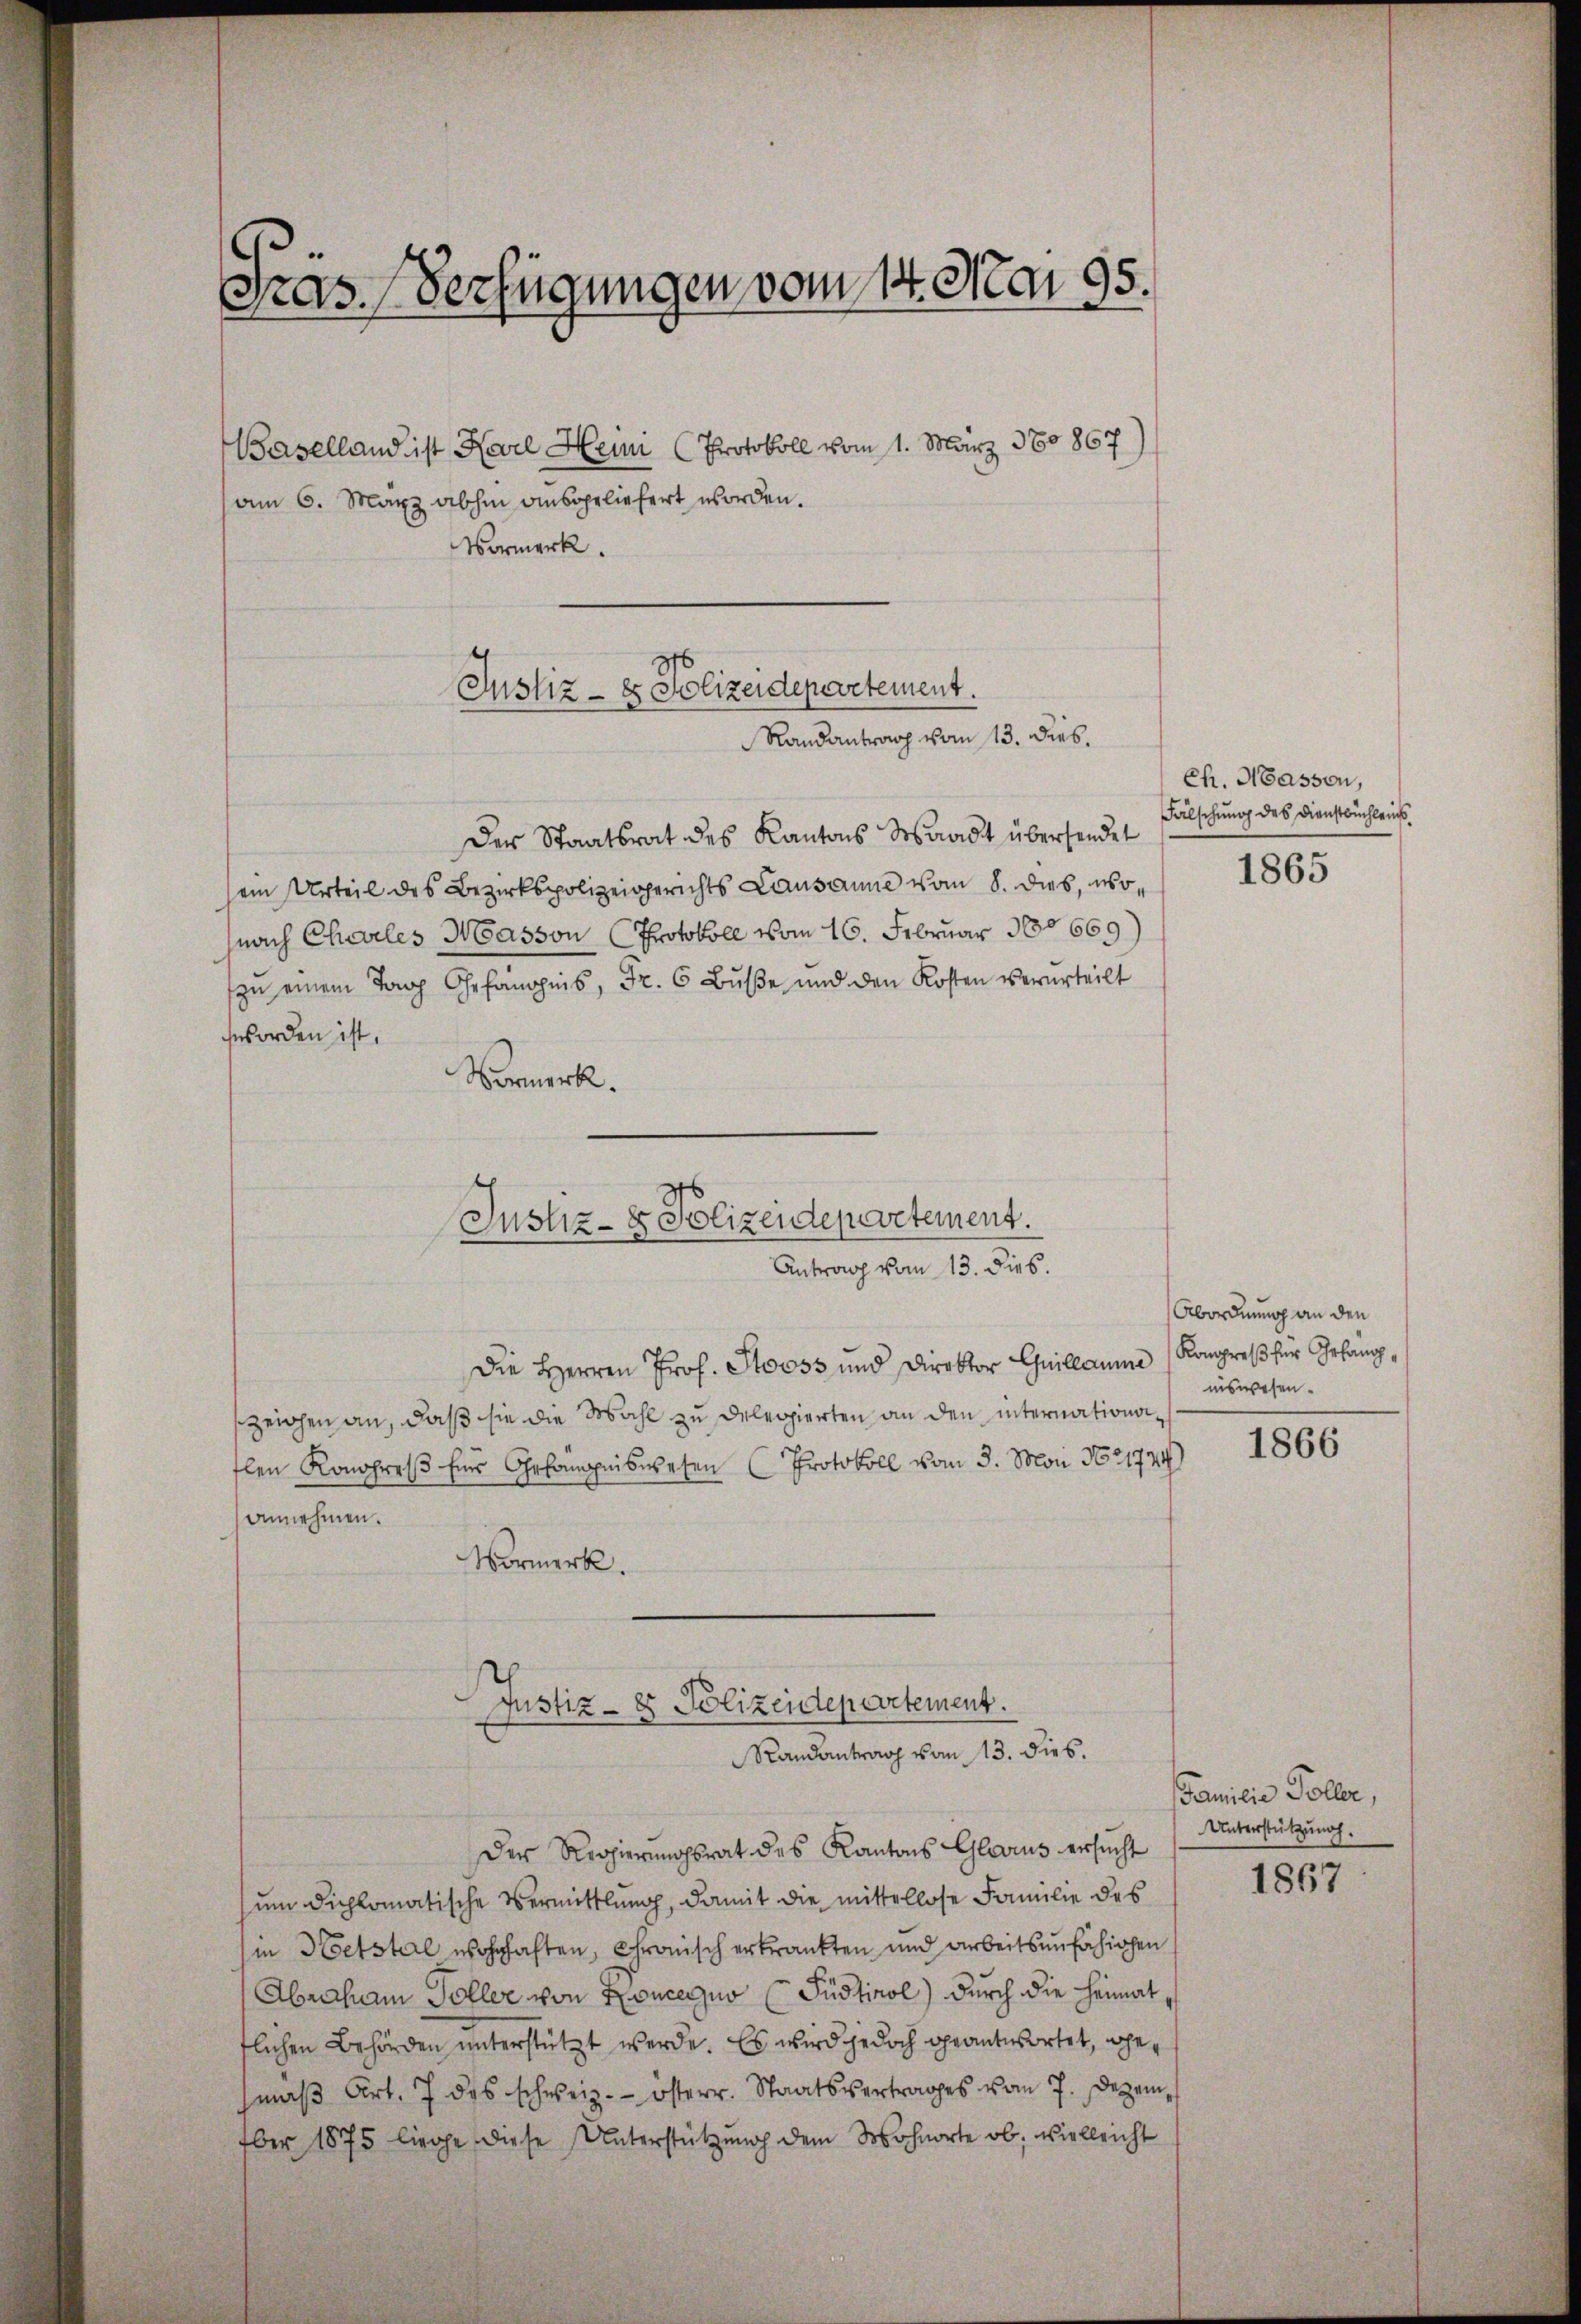
Pras. Verfügungen vom 14. Mar. 95.

Baselland ist Karl Heini Protokoll vom 1. März 180867/
am 6. März abhin ausgeliefert worden.
Vormerk.

Justiz- & Polizeidepartement.
Randantrag vom 13. dies

Justiz- & Polizeidepartement.
Antrag vom 13. dies.

Justiz- & Polizeidepartement.
Mandantrag vom 13. dies.

Der Staatsrat des Kantons Waadt übersendet
ein Urteil des Bezirkspolizeigerichts Lausanne vom 8. dies, wonach Challes Masson (Protokoll vom 16. Februar 180669)
zu einem Tag Gefängnis, Fr. 6 Buße und den Kosten verurteilt
worden ist.
Vormerk.

Die Herren Prof. Stooss und Direktor Guillaume
zeichen an, daß sie die Mahl zu delegierten an den internationaflen Konohres für Gefängniswesen (Protokoll vom 3. Mai No 21774)
annehmen.
Vormerk.

Der Regierungsrat des Kantons Glarus ersucht
um dichlomatische Vermittlung, damit die mittellose Familie des
in Hetstal wohnhaften, Chronisch erkrankten und arbeitsunfähigen
Abraham Soller von Koncegno (Püdtirol) durch die Heimat,
flichen Behörden unterstützt werde. Es wird jedoch geantwortet, gemäβ Art. 7 des schweiz. Osterr. Staatsvertrages vom 7. Dezember 1875 liege, diese Unterstützŭng dem Wohnorte ob, vielleicht

Ch. Hasson,
Fälschung des Dienstbüchleins

1865

Abordnung an den
Kongreß für Gefangniswesen.

1866

Familie Toller,
Unterstützung.

1867